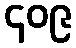
၄၀၉